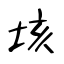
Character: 垓